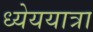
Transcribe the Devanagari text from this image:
ध्येययात्रा